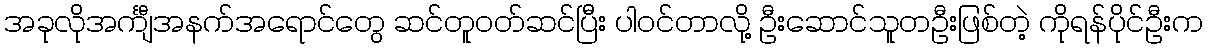
အခုလိုအင်္ကျီအနက်အရောင်တွေ ဆင်တူဝတ်ဆင်ပြီး ပါဝင်တာလို့ ဦးဆောင်သူတဦးဖြစ်တဲ့ ကိုရန်ပိုင်ဦးက